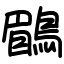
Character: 鶥